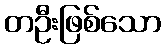
တဦးဖြစ်သော